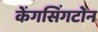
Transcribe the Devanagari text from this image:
केंगसिंगटोन